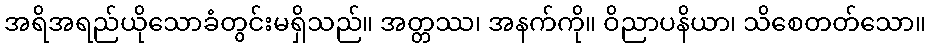
အရိအရည်ယိုသောခံတွင်းမရှိသည်။ အတ္တဿ၊ အနက်ကို။ ဝိညာပနိယာ၊ သိစေတတ်သော။